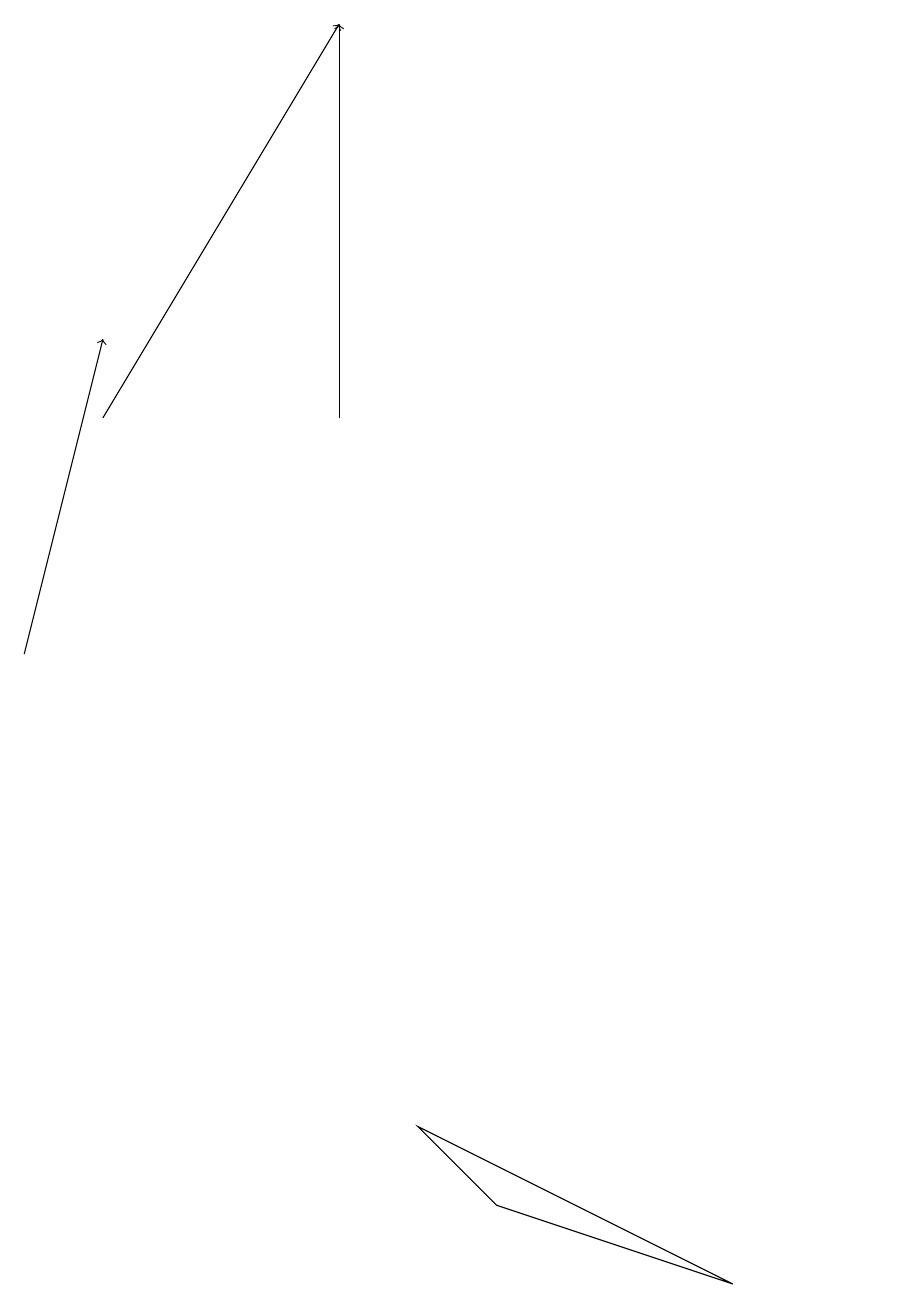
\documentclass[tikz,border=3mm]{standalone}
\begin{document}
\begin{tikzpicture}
\draw (6,3) -- (5,4) -- (9,2) -- cycle;
\draw[->] (4,13) -- (4,18);
\draw (11,12) circle (0);
\draw[->] (0,10) -- (1,14);
\draw[->] (1,13) -- (4,18);
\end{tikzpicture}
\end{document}